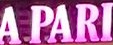
A PARI